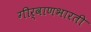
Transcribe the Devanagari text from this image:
गीर्वाणभारती